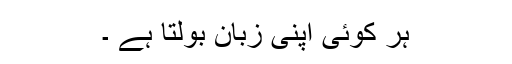
ہر کوئی اپنی زبان بولتا ہے ۔